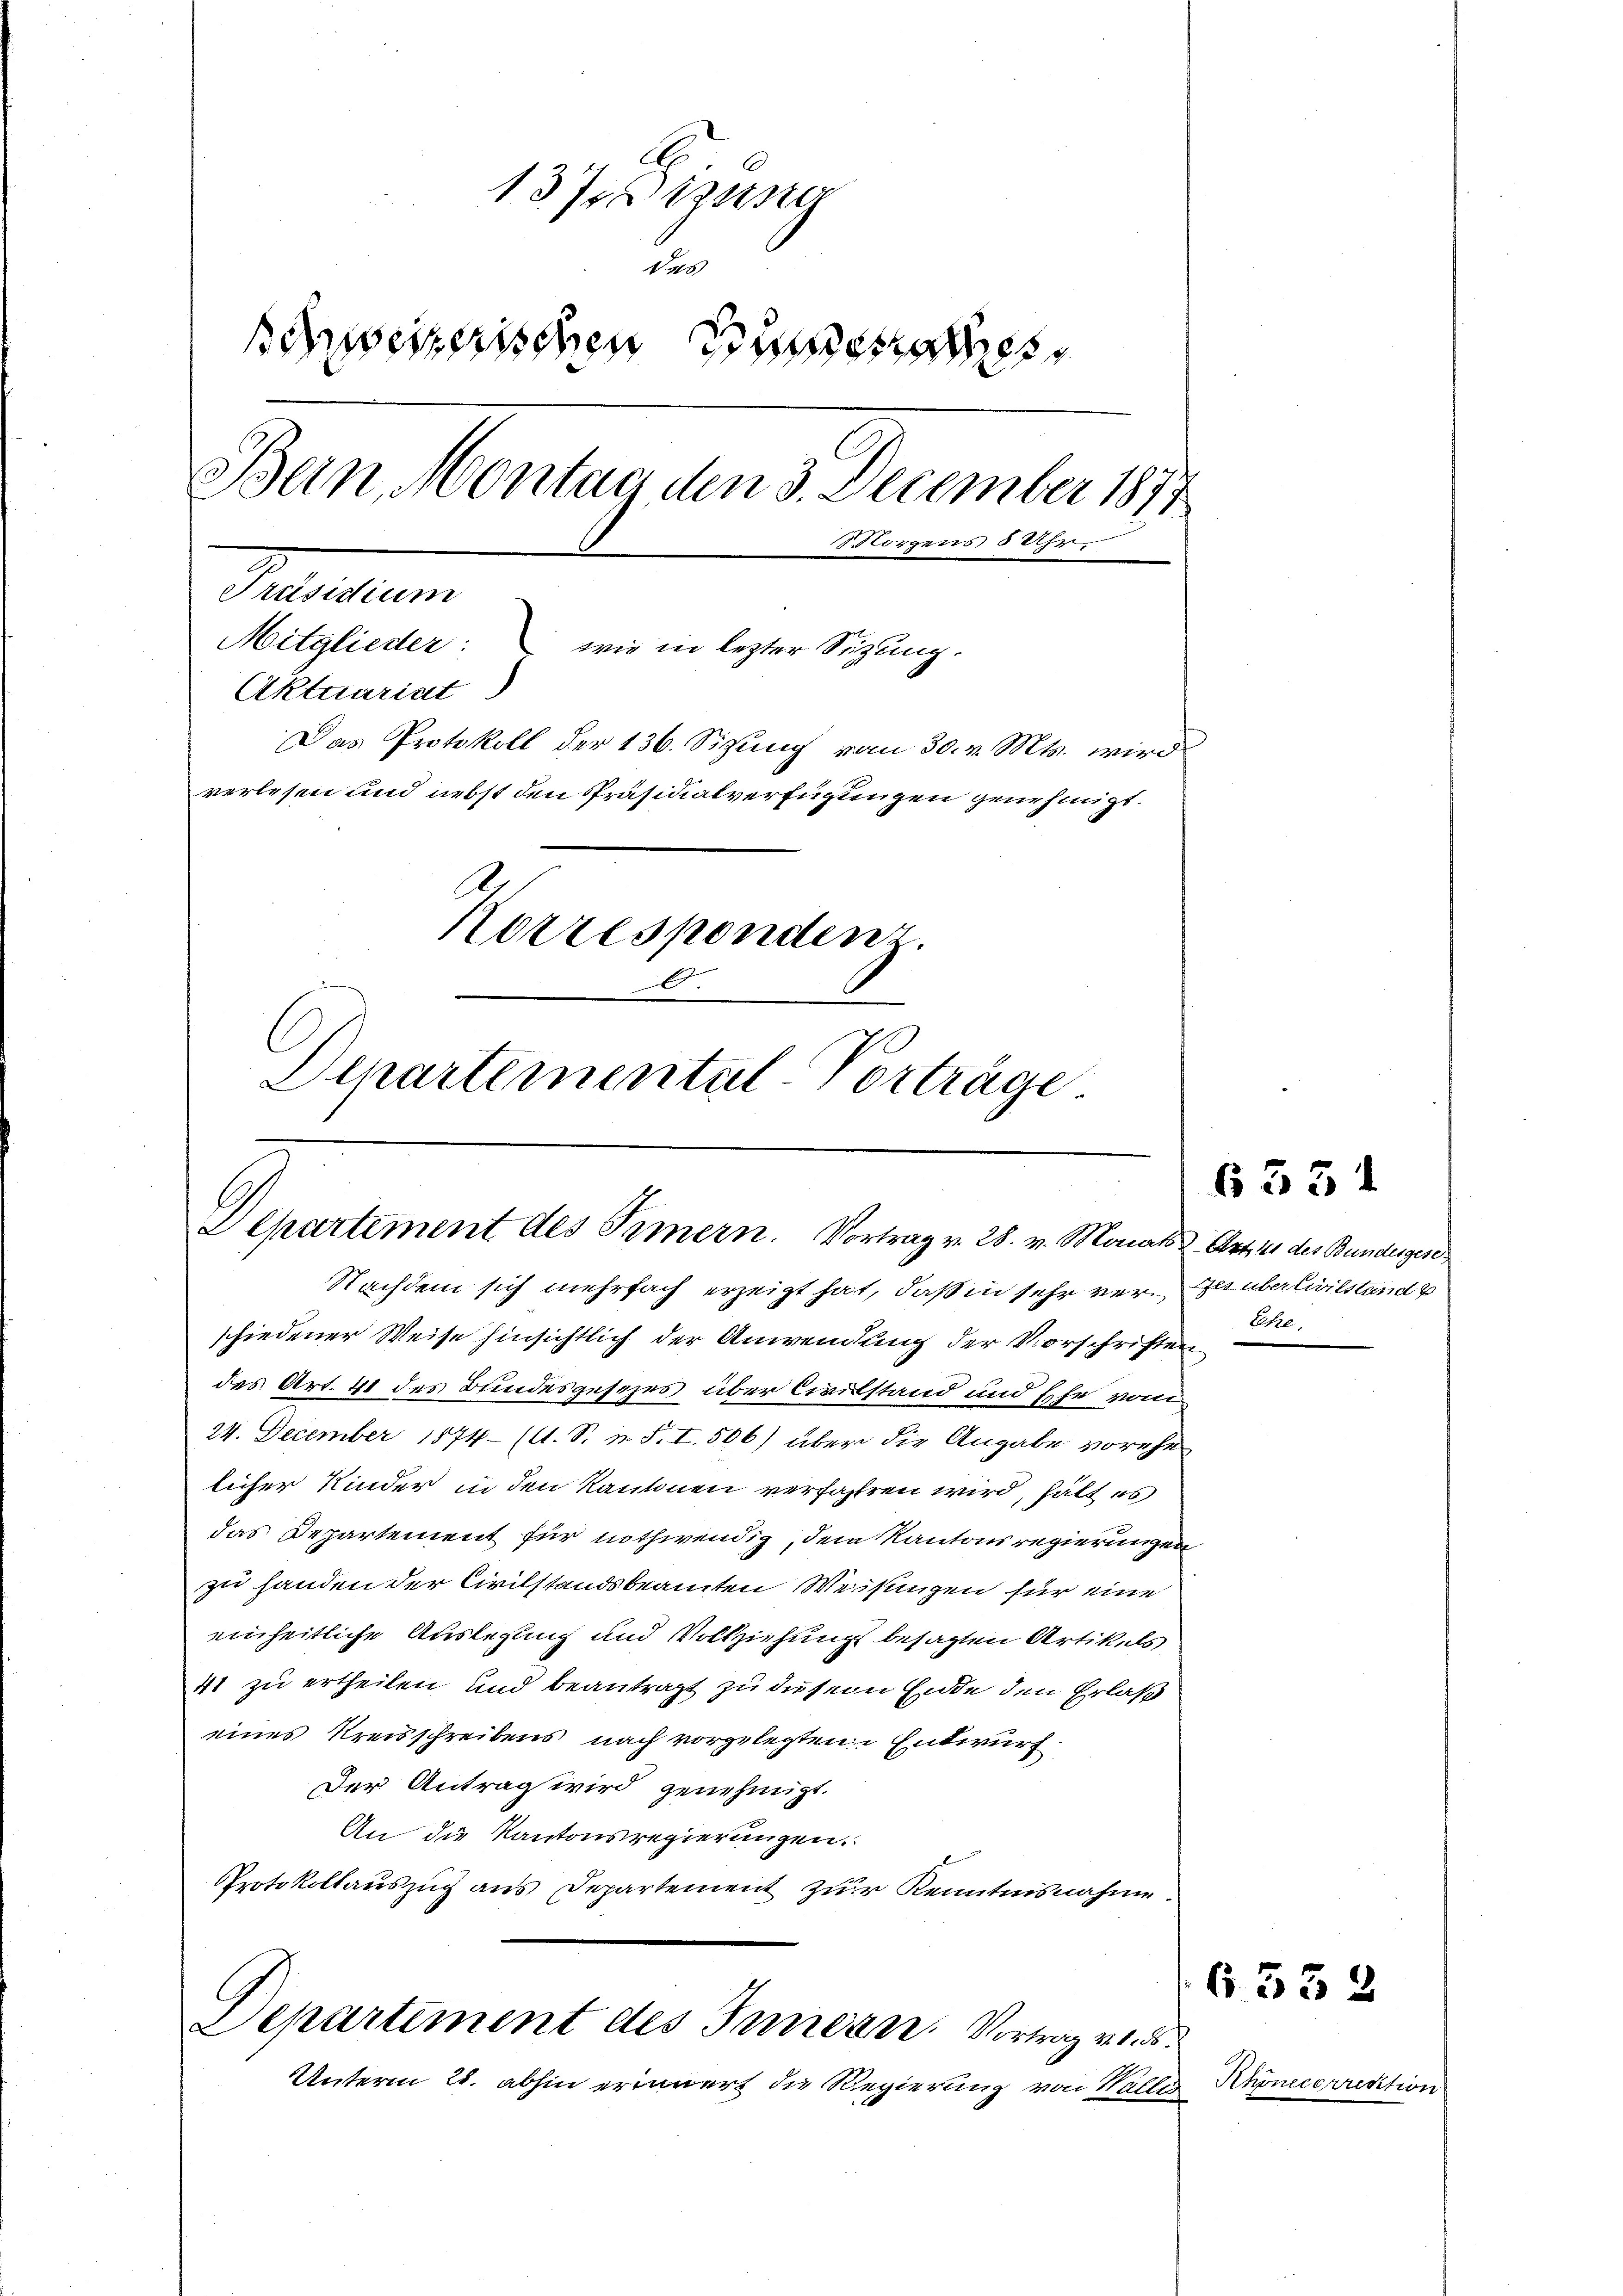
137. Disse
des
schweizerischen Eisena
Bein Montag den 3. December 1877
Morgens 5 Uhr.
Pactum
Mitglieder: wie in lezter Sitzung.
Aktuariat
Das Protokoll der 136. Sizung vom 30. v. Mts. wird
verlesen und nebst den Präsidialverfügungen genehmigt.
1
Korrespondenz.
Departemental-Vorträge.

Departement des Prmern. Vortrag v. 28. v. Monats Art. 141 des Bundesgese

Nachdem sich mehrfach erzeigt hat, daß in sehr verges über Civilstand u
schiedener Weise hinsichtlich der Anwendung der Vorschriften
des Art. 41 des Bundesgesezes über Civilstand und Ehe von
24. December 1874 (A. S. n. F. I. 506) über die Angabe vorehe
licher Kinder in den Kantonen verfahren wird, hält es
das Departement für nothwendig, dem Kantonsregierungen
zu handen der Civilstandsbeamten Weisungen für eine
einheitliche Auslegung und Vollziehung besagten Artikels
41 zu ertheilen und beantragt zu diesem Ende den Erlaß
eines Kreisschreibens nach vorgelegten Entwurf.
Der Antrag wird genehmigt.
An die Kantonsregierungen.
Protokollauszug aus Departement zur Kenntnisnahme.

Departement des Innern. Vortrag vnd

Unterm 28. abhin erinnert die Regierung von Wallis

6531

Ehre.

G 332

Khönecorredition